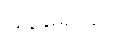
မုခရောဂေါ